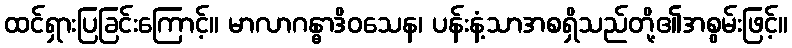
ထင်ရှားပြခြင်းကြောင့်။ မာလာဂန္ဓာဒိဝသေန၊ ပန်းနံ့သာအစရှိသည်တို့၏အစွမ်းဖြင့်။